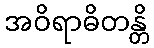
အဝိရာဓိတန္တိ